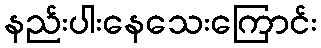
နည်းပါးနေသေးကြောင်း